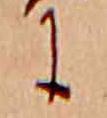
に